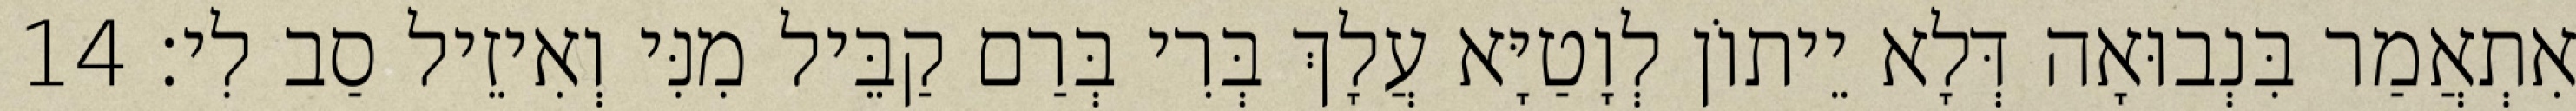
אִתְאֲמַר בִּנְבוּאָה דְּלָא יֵיתוֹן לְוָטַיָּא עֲלָךְ בְּרִי בְּרַם קַבֵּיל מִנִּי וְאִיזֵיל סַב לִי׃ 14